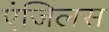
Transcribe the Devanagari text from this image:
एंजिलस